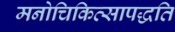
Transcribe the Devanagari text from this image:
मनोचिकित्सापद्धति